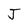
Character: J